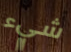
شيء